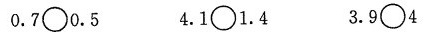
0.7\circ0.5 4.1\circ1.4 3.9\circ4